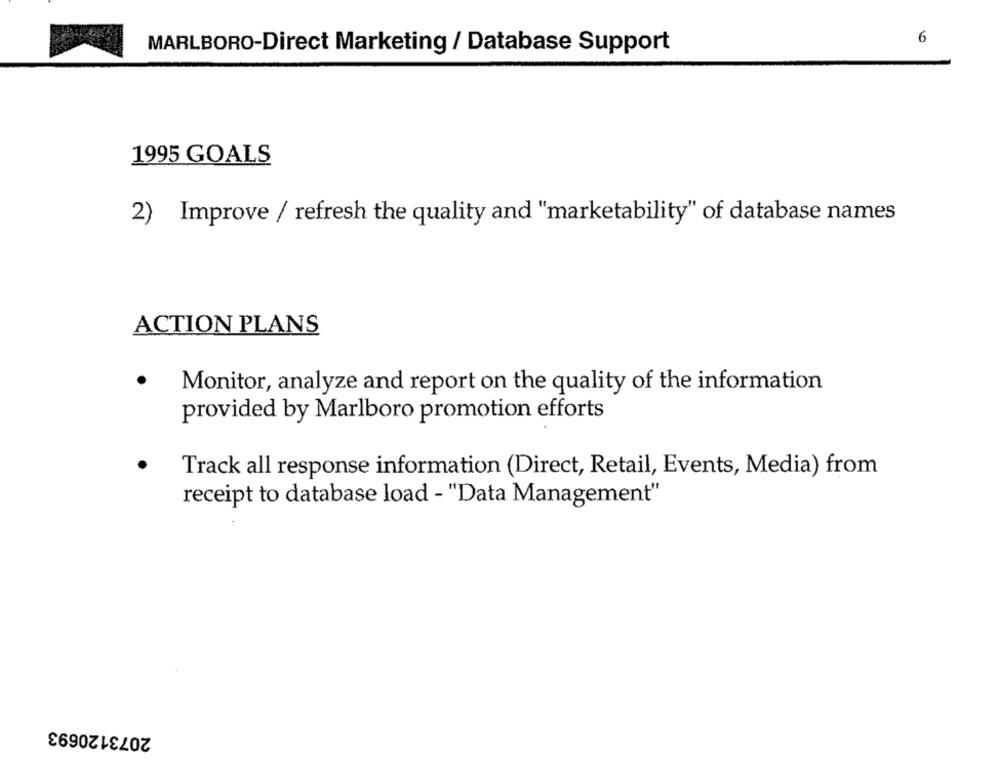
6
MARLBORO-Direct Marketing / Database Support
1995 GOALS
2) Improve / refresh the quality and "marketability" of database names
ACTION PLANS
Monitor, analyze and report on the quality of the information
provided by Marlboro promotion efforts
Track all response information (Direct, Retail, Events, Media) from
receipt to database load - "Data Management"
2073120693